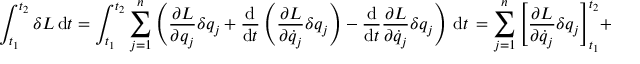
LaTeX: \int _ { t _ { 1 } } ^ { t _ { 2 } } \delta L \, \mathrm { d } t = \int _ { t _ { 1 } } ^ { t _ { 2 } } \sum _ { j = 1 } ^ { n } \left( { \frac { \partial L } { \partial q _ { j } } } \delta q _ { j } + { \frac { \mathrm { d } } { \mathrm { d } t } } \left( { \frac { \partial L } { \partial { \dot { q } } _ { j } } } \delta q _ { j } \right) - { \frac { \mathrm { d } } { \mathrm { d } t } } { \frac { \partial L } { \partial { \dot { q } } _ { j } } } \delta q _ { j } \right) \, \mathrm { d } t \, = \sum _ { j = 1 } ^ { n } \left[ { \frac { \partial L } { \partial { \dot { q } } _ { j } } } \delta q _ { j } \right] _ { t _ { 1 } } ^ { t _ { 2 } } + \int _ { t _ { 1 } } ^ { t _ { 2 } } \sum _ { j = 1 } ^ { n } \left( { \frac { \partial L } { \partial q _ { j } } } - { \frac { \mathrm { d } } { \mathrm { d } t } } { \frac { \partial L } { \partial { \dot { q } } _ { j } } } \right) \delta q _ { j } \, \mathrm { d } t \, .